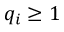
q _ { i } \geq 1